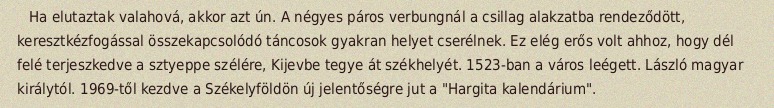
Ha elutaztak valahová, akkor azt ún. A négyes páros verbungnál a csillag alakzatba rendeződött, keresztkézfogással összekapcsolódó táncosok gyakran helyet cserélnek. Ez elég erős volt ahhoz, hogy dél felé terjeszkedve a sztyeppe szélére, Kijevbe tegye át székhelyét. 1523-ban a város leégett. László magyar királytól. 1969-től kezdve a Székelyföldön új jelentőségre jut a "Hargita kalendárium".